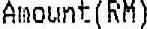
AMOUNT(RM)